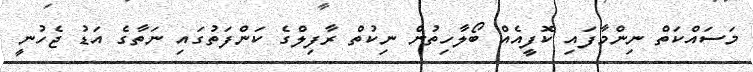
މަސައްކަތް ނިންމާފައި ކޮފީއެއް ބޯލާހިތުން ނިކުތް ރާފިލްގެ ކަންފަތުގައި ނަތާގެ އަޑު ޖެހުނީ